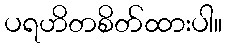
ပရဟိတစိတ်ထားပါ။